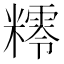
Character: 𥼸